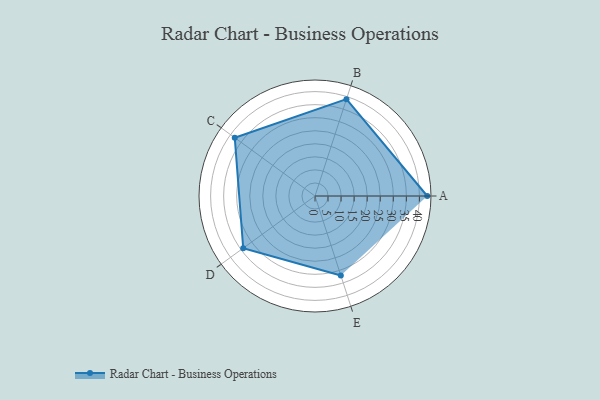
{"axis": {"x": "Skill", "y": "Score"}, "legend": ["Profile"], "data": [{"x": "A", "y": 43.0, "type": "Profile"}, {"x": "B", "y": 39.0, "type": "Profile"}, {"x": "C", "y": 38.0, "type": "Profile"}, {"x": "D", "y": 34.0, "type": "Profile"}, {"x": "E", "y": 32.0, "type": "Profile"}]}